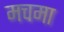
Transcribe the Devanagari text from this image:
मचमा